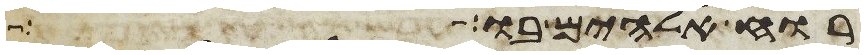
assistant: רוח אלהים בו